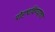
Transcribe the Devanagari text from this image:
पोहचविण्याचा